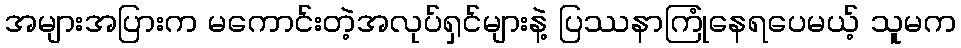
အများအပြားက မကောင်းတဲ့အလုပ်ရှင်များနဲ့ ပြဿနာကြုံနေရပေမယ့် သူမက